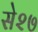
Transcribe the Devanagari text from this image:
से२७